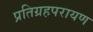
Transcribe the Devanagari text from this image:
प्रतिग्रहपरायण